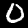
Digit: 0